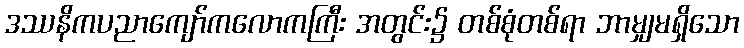
ဒဿနိကပညာကျော်ကလောကကြီး အတွင်း၌ တစ်စုံတစ်ရာ ဘာမျှမရှိသော